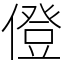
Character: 僜